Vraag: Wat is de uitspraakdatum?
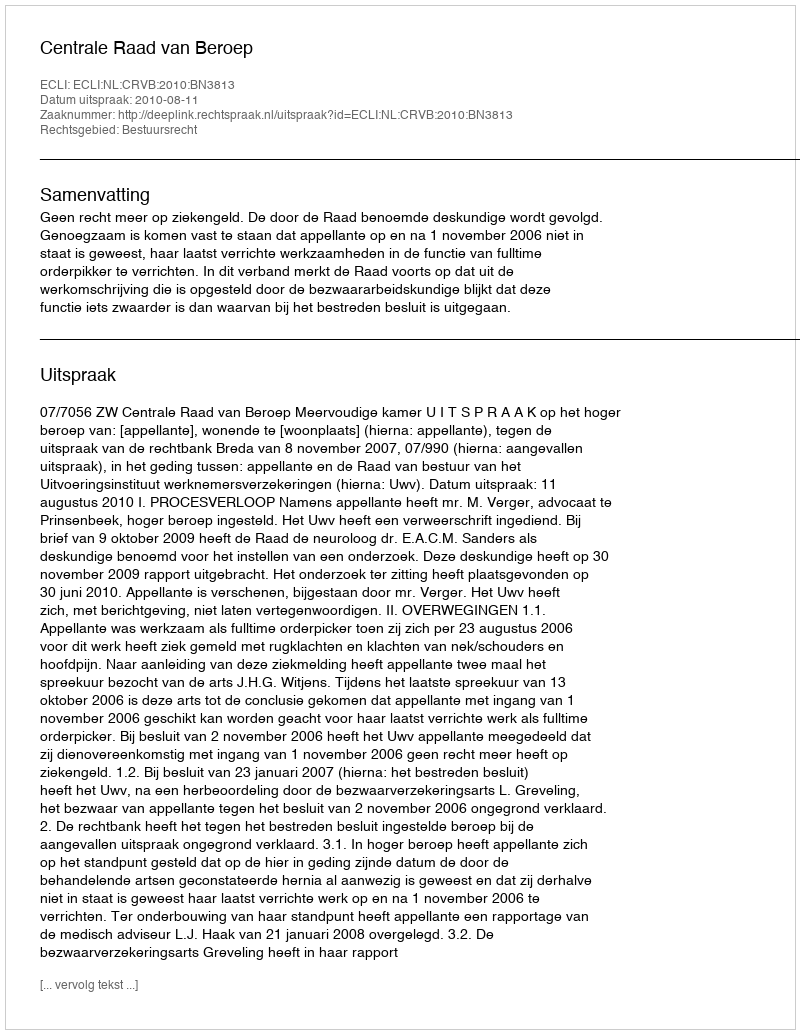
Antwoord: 2010-08-11